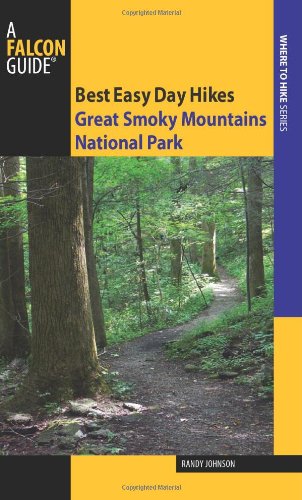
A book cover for Best Easy Day Hikes Great Smoky Mountains National Park (Best Easy Day Hikes Series); Randy Johnson; Sports & Outdoors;